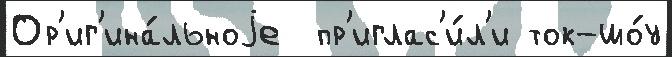
Ор'иг'ина́льноjе  пр'иглас'и́л'и ток-шо́у